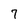
Character: 7